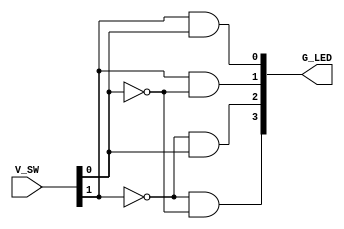
module decoder(V_SW,G_LED);
input [0:1] V_SW;
output  [0:3] G_LED;
assign G_LED[0]= ~V_SW[0]&~V_SW[1]; 
assign G_LED[1]= ~V_SW[0]&V_SW[1];
assign G_LED[2]=  V_SW[0]&~V_SW[1]; 
assign G_LED[3]=  V_SW[0]&V_SW[1];
endmodule